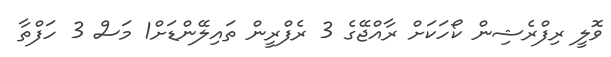
ވޮލީ ރިފްރެޝިން ކޯހަކަށް ރާއްޖޭގެ 3 ރެފްރީން ތައިލޭންޑަށް1 މަސް 3 ހަފްތާ